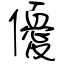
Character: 優